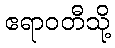
ဧရာဝတီသို့